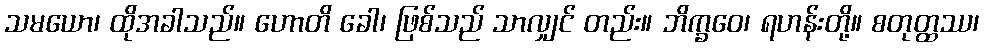
သမယော၊ ထိုအခါသည်။ ဟောတိ ခေါ၊ ဖြစ်သည် သာလျှင် တည်း။ ဘိက္ခဝေ၊ ရဟန်းတို့။ စတုတ္ထဿ၊